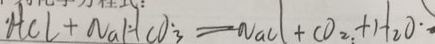
H C l + N a H C O _ { 3 } = N a C l + C O _ { 2 } + H _ { 2 } O